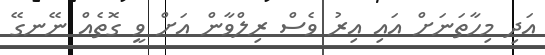
އަދި މިހާތަނަށް އައި އިރު ވެސް ރިލްވާން އަށް ވީ ގޮތެއް ނޭނގޭ